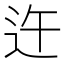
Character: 迕